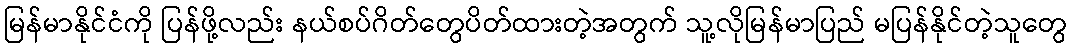
မြန်မာနိုင်ငံကို ပြန်ဖို့လည်း နယ်စပ်ဂိတ်တွေပိတ်ထားတဲ့အတွက် သူ့လိုမြန်မာပြည် မပြန်နိုင်တဲ့သူတွေ